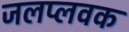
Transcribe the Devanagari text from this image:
जलप्लवक